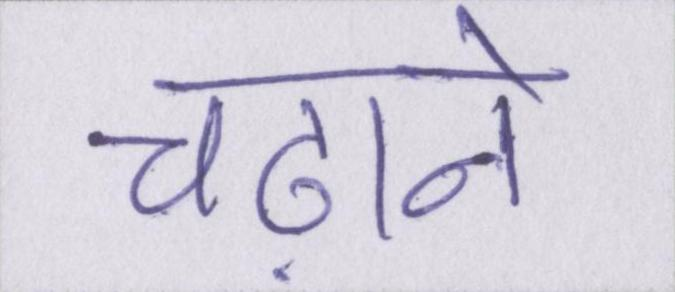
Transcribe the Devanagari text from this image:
चढ़ाने